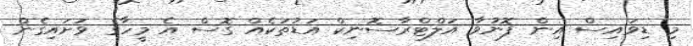
މި ޑިވައިސް އިން ފޮނުވާ އަލްޓްރާސޮނިކް އަޑުތަކެއް ގޮސް އެ މީހާގެ ވަށައިގެން